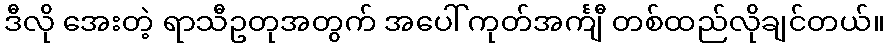
ဒီလို အေးတဲ့ ရာသီဥတုအတွက် အပေါ် ကုတ်အင်္ကျီ တစ်ထည်လိုချင်တယ်။